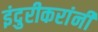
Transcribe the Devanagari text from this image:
इंदुरीकरांनी